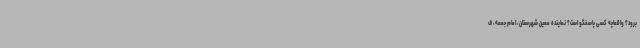
برود؟ واقعاًچه کسی پاسخگو است؟ نماینده معین شهرستان، امام جمعه، ف